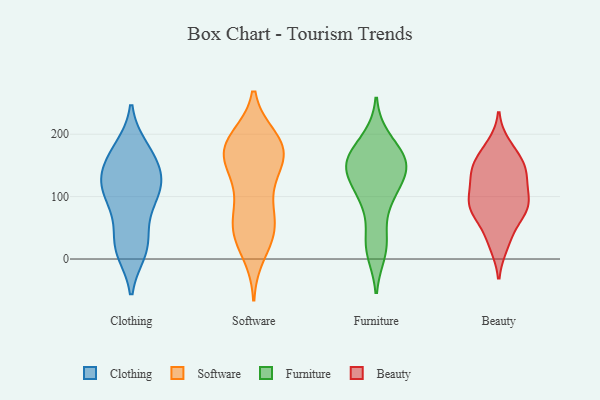
{"axis": {"x": "Shipments", "y": "Value"}, "legend": ["Beauty", "Clothing", "Furniture", "Software"], "data": [{"x": "", "y": 177, "type": "Clothing"}, {"x": "", "y": 96, "type": "Clothing"}, {"x": "", "y": 140, "type": "Clothing"}, {"x": "", "y": 174, "type": "Clothing"}, {"x": "", "y": 13, "type": "Clothing"}, {"x": "", "y": 22, "type": "Clothing"}, {"x": "", "y": 92, "type": "Clothing"}, {"x": "", "y": 119, "type": "Clothing"}, {"x": "", "y": 18, "type": "Clothing"}, {"x": "", "y": 118, "type": "Clothing"}, {"x": "", "y": 70, "type": "Clothing"}, {"x": "", "y": 23, "type": "Clothing"}, {"x": "", "y": 122, "type": "Clothing"}, {"x": "", "y": 167, "type": "Clothing"}, {"x": "", "y": 121, "type": "Clothing"}, {"x": "", "y": 149, "type": "Clothing"}, {"x": "", "y": 184, "type": "Software"}, {"x": "", "y": 192, "type": "Software"}, {"x": "", "y": 185, "type": "Software"}, {"x": "", "y": 39, "type": "Software"}, {"x": "", "y": 63, "type": "Software"}, {"x": "", "y": 51, "type": "Software"}, {"x": "", "y": 106, "type": "Software"}, {"x": "", "y": 106, "type": "Software"}, {"x": "", "y": 156, "type": "Software"}, {"x": "", "y": 177, "type": "Software"}, {"x": "", "y": 162, "type": "Software"}, {"x": "", "y": 169, "type": "Software"}, {"x": "", "y": 43, "type": "Software"}, {"x": "", "y": 10, "type": "Software"}, {"x": "", "y": 51, "type": "Software"}, {"x": "", "y": 149, "type": "Software"}, {"x": "", "y": 181, "type": "Software"}, {"x": "", "y": 155, "type": "Furniture"}, {"x": "", "y": 33, "type": "Furniture"}, {"x": "", "y": 146, "type": "Furniture"}, {"x": "", "y": 159, "type": "Furniture"}, {"x": "", "y": 105, "type": "Furniture"}, {"x": "", "y": 194, "type": "Furniture"}, {"x": "", "y": 10, "type": "Furniture"}, {"x": "", "y": 160, "type": "Furniture"}, {"x": "", "y": 134, "type": "Furniture"}, {"x": "", "y": 94, "type": "Furniture"}, {"x": "", "y": 153, "type": "Beauty"}, {"x": "", "y": 138, "type": "Beauty"}, {"x": "", "y": 88, "type": "Beauty"}, {"x": "", "y": 167, "type": "Beauty"}, {"x": "", "y": 80, "type": "Beauty"}, {"x": "", "y": 24, "type": "Beauty"}, {"x": "", "y": 86, "type": "Beauty"}, {"x": "", "y": 91, "type": "Beauty"}, {"x": "", "y": 143, "type": "Beauty"}, {"x": "", "y": 128, "type": "Beauty"}, {"x": "", "y": 88, "type": "Beauty"}, {"x": "", "y": 131, "type": "Beauty"}, {"x": "", "y": 73, "type": "Beauty"}, {"x": "", "y": 180, "type": "Beauty"}, {"x": "", "y": 34, "type": "Beauty"}]}